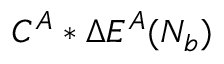
C ^ { A } * \Delta E ^ { A } ( N _ { b } )